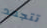
تتجمد